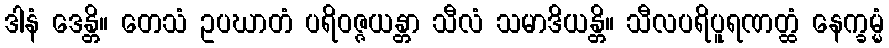
ဒါနံ ဒေန္တိ။ တေသံ ဥပဃာတံ ပရိဝဇ္ဇယန္တာ သီလံ သမာဒိယန္တိ။ သီလပရိပူရဏတ္ထံ နေက္ခမ္မံ